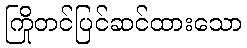
ကြိုတင်ပြင်ဆင်ထားသော